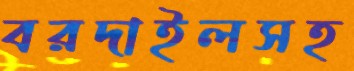
বরদাইলসহ